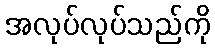
အလုပ်လုပ်သည်ကို